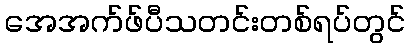
အေအက်ဖ်ပီသတင်းတစ်ရပ်တွင်